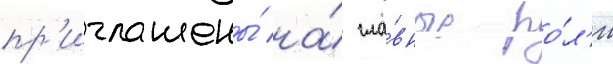
пр'иглашены́ на́ гла́вные ро́л'и